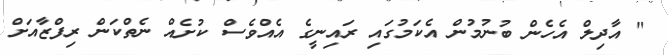
" އާދިލް އެހެން ބުނުމުން އެކަމުގައި ރައިނީގެ އެއްވެސް ކުށެއް ނެތްކަން ރިފްޒާއަށް